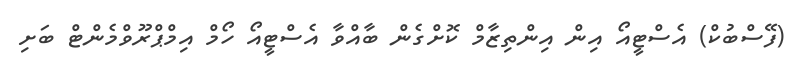
(ފޭސްބުކް) އެސްޓީއޯ އިން އިންތިޒާމް ކޮށްގެން ބާއްވާ އެސްޓީއޯ ހޯމް އިމްޕްރޫވްމެންޓް ބަށި